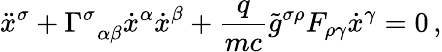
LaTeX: \ddot{x}^{\sigma}+{\Gamma}_{\, \, \, \alpha\beta}^{\sigma}\dot{x}^{\alpha}\dot{x}^{\beta}+\frac{q}{mc}\tilde{g}^{\sigma\rho}F_{\rho\gamma}\dot{x}^{\gamma}=0\, {,}